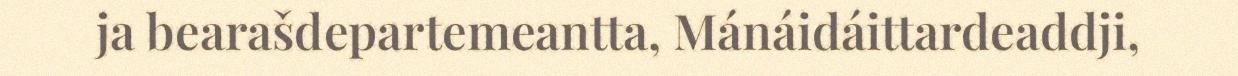
ja bearašdepartemeantta, Mánáidáittardeaddji,